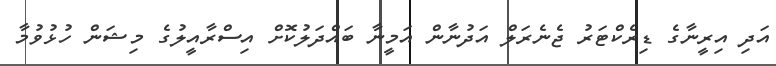
އަދި އިރީނާގެ ޑިރެކްޓަރު ޖެނެރަލް އަދުނާން އަމީނާ ބައްދަލުކޮށް އިސްރާއީލުގެ މިޝަން ހުޅުވުމާ